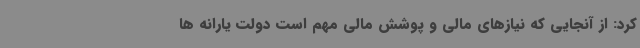
کرد: از آنجایی که نیازهای مالی و پوشش مالی مهم است دولت یارانه ها